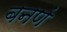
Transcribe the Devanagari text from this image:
बनणं